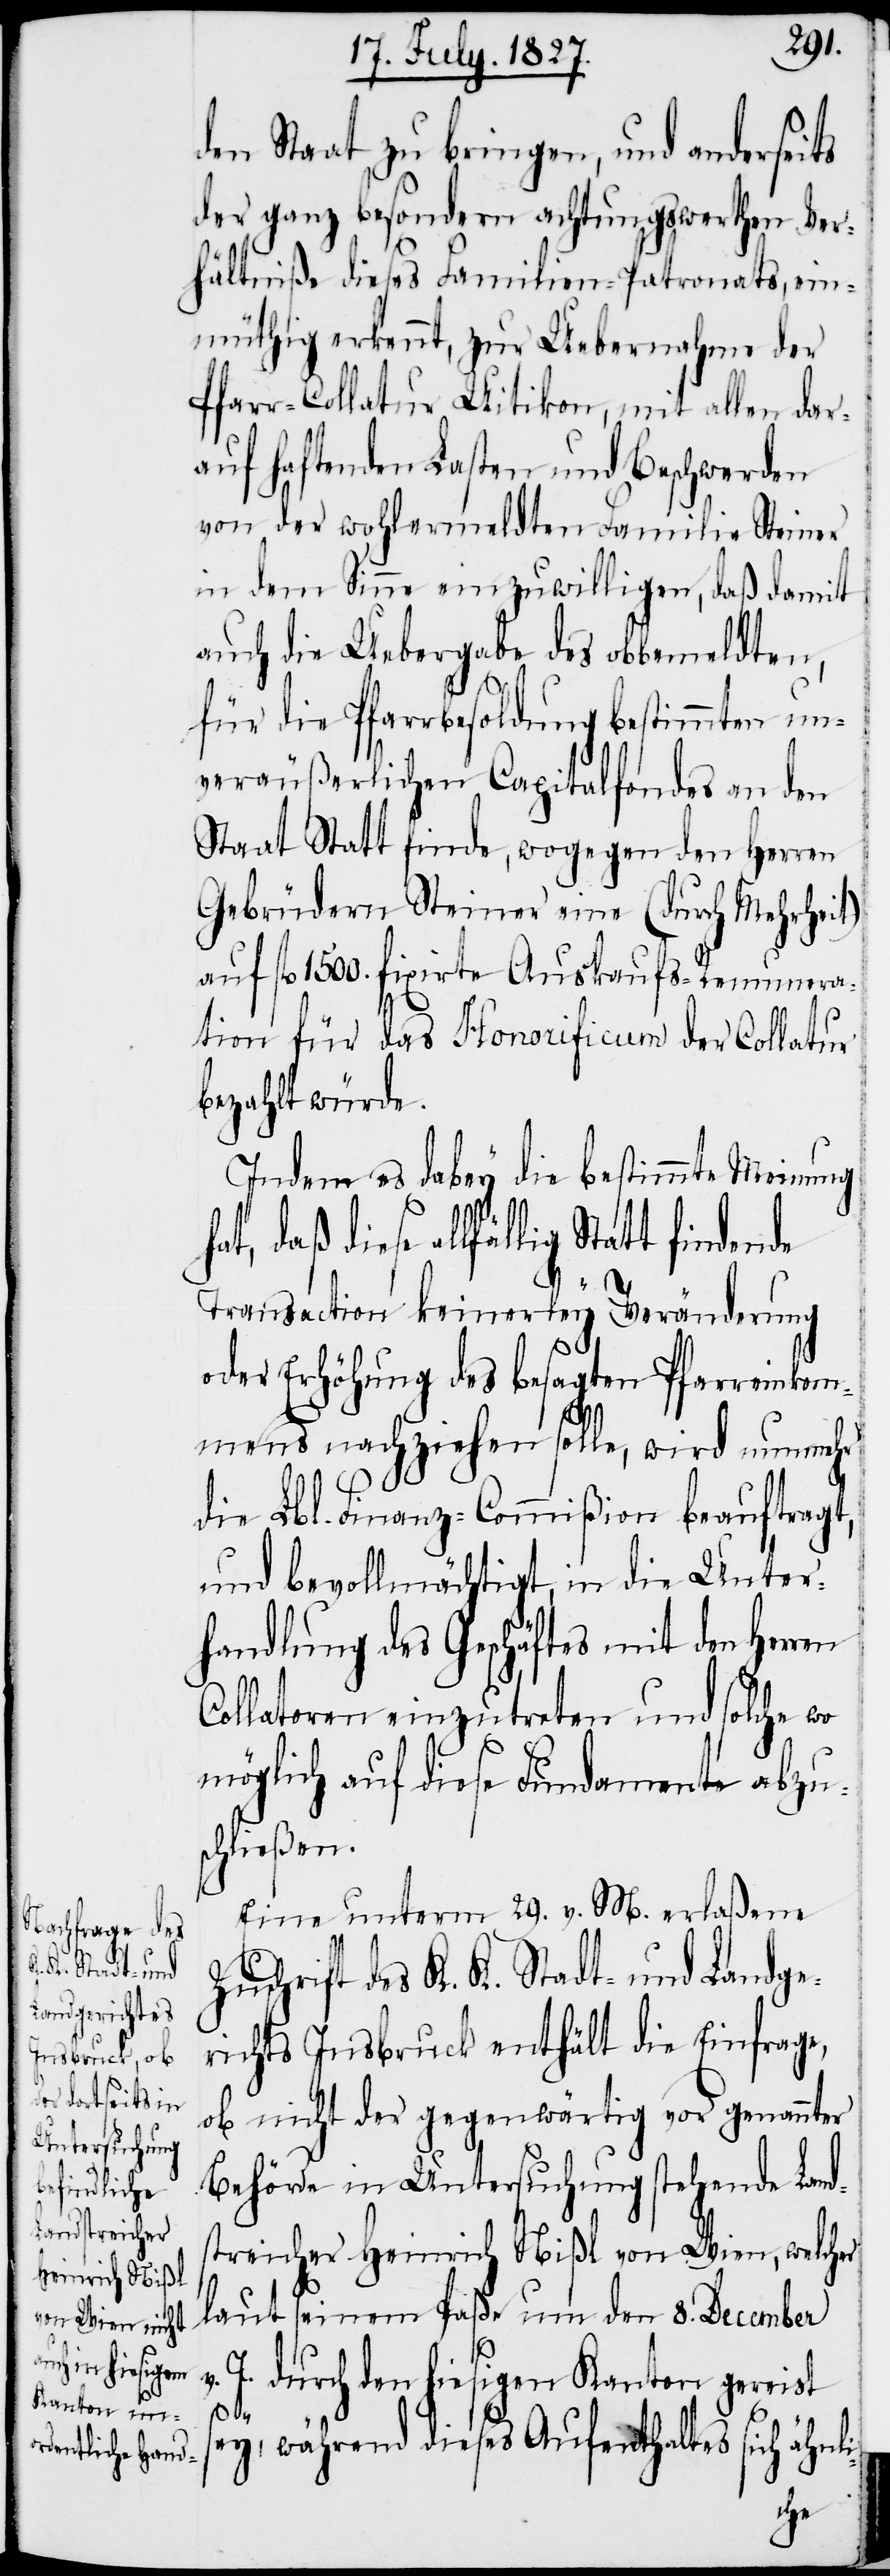
den Staat zu bringen, und anderseits
der ganz besondern achtungswerthen Ver¬
hältniße dieses Familien-Patronats, ein¬
müthig erkennt, zur Uebernahme der
Pfarr-Collatur Uitikon, mit allen dar¬
auf haftenden Lasten und Beschwerden
von der wohlermeldten Familie Steiner
in dem Sinne einzuwilligen, daß damit
auch die Uebergabe des obbemeldten,
für die Pfarrbesoldung bestimmten un¬
veräußerlichen Capitalfondes an den
Staat Statt finde, wogegen den Herren
Gebrüdern Steiner eine (durch Mehrheit)
auf fl. 1500. fixirte Auskaufs-Renumera¬
tion für das Honorificium der Collatur
bezahlt würde.
Indem es dabey die bestimmte Meinung
daß diese allfällig Statt findende
Transaction keinerley Veränderung
oder Erhöhung des besagten Pfarreinkom¬
mens nachziehen solle, wird nunmehr
i-
die Lbl. Finanz-Commißion beauftragt,
und bevollmächtigt, in die Unter¬
handlung des Geschäftes mit den Herren
Collatoren einzutreten und solche wo
möglich auf diese Fundamente abzus¬
chließen.
Eine unterm 29. v. M. erlaßene
Zuschrift des K. K. Stadt- und Landge¬
richts Insbruck enthält die Einfrage,
ob nicht der gegenwärtig vor genannter
Behörde in Untersuchung stehende Land¬
streicher Heinrich Nißl von Wien, welcher
laut seinem Paße um den 8. December
J. durch den hiesigen Kanton gereist
sey, während dieses Aufenthaltes sich ähnl¬